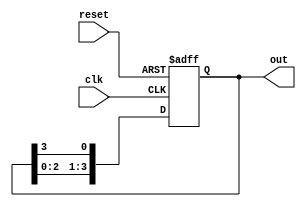
module ring_counter (
    input  wire clk,        // Clock input
    input  wire reset,      // Asynchronous reset
    output reg [n-1:0] out  // Output of the ring counter
);
    parameter n = 4; // Change this value for n-bit ring counter

    // Initial state of the ring counter
    initial begin
        out = 1; // Set the first flip-flop to 1 and others to 0
    end
    
    always @(posedge clk or posedge reset) begin
        if (reset) begin
            out <= 1; // Reset to the initial state
        end else begin
            out <= {out[n-2:0], out[n-1]}; // Shift left, wrap around
        end
    end
endmodule